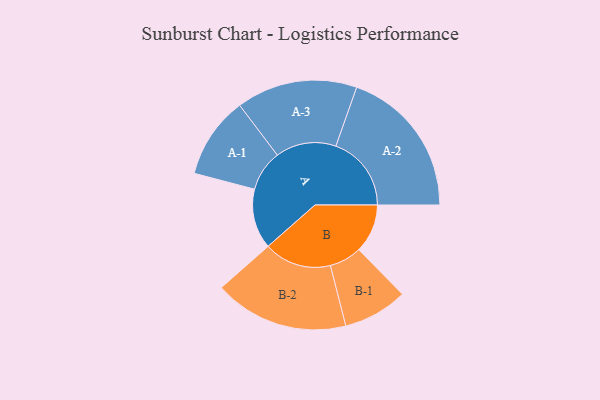
{"axis": {"x": "Segment", "y": "Value"}, "legend": ["", "A", "B"], "data": [{"x": "A", "y": 229, "type": ""}, {"x": "B", "y": 186, "type": ""}, {"x": "A-1", "y": 156, "type": "A"}, {"x": "A-2", "y": 288, "type": "A"}, {"x": "A-3", "y": 231, "type": "A"}, {"x": "B-1", "y": 123, "type": "B"}, {"x": "B-2", "y": 257, "type": "B"}]}